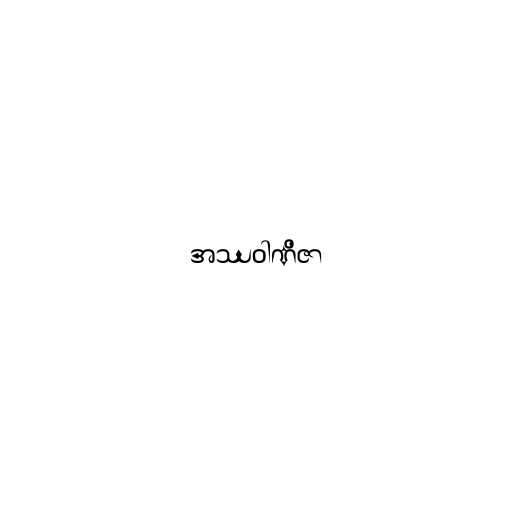
အဿဝါဏိဇာ